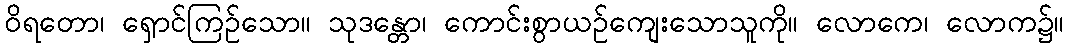
ဝိရတော၊ ရှောင်ကြဉ်သော။ သုဒန္တော၊ ကောင်းစွာယဉ်ကျေးသောသူကို။ လောကေ၊ လောက၌။